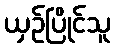
ယှဉ်ပြိုင်သူ